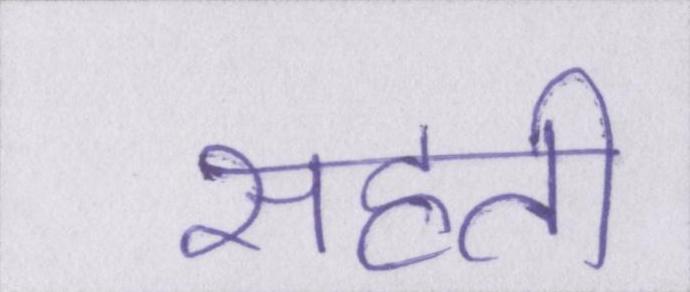
सहती